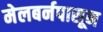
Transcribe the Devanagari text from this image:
मेलबर्नपासून